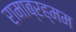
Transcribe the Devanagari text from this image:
रामाब्रह्मम